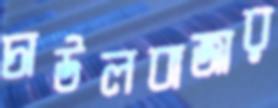
চাউলবাজার